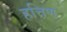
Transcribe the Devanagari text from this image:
हत्तिण